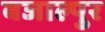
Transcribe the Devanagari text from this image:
बजाल्पुर